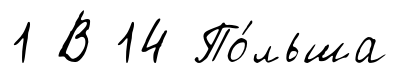
1 В 14 По́льша